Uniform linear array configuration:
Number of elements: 32
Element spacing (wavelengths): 0.75
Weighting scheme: binomial
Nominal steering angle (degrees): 0
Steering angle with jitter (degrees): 0.2649
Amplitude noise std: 0.05
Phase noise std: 0.05

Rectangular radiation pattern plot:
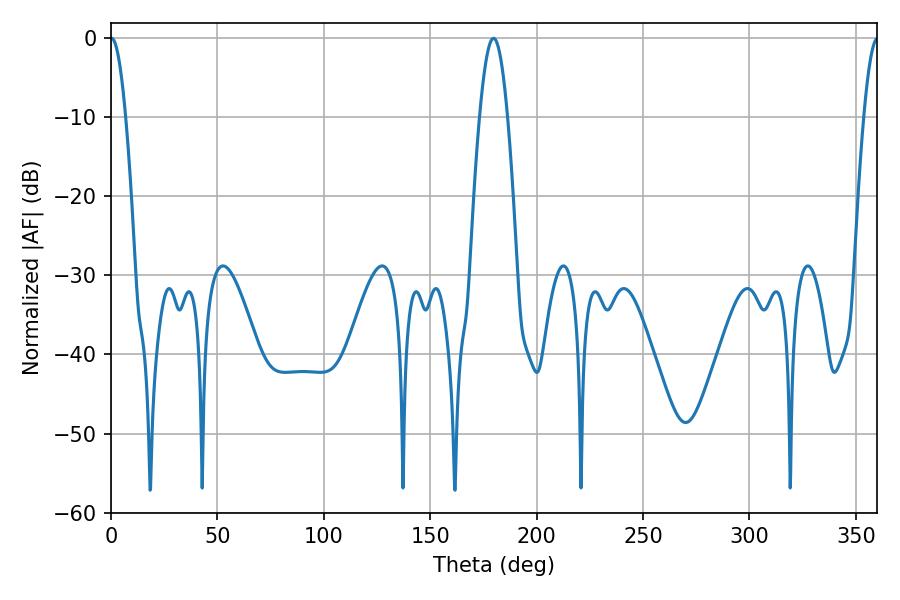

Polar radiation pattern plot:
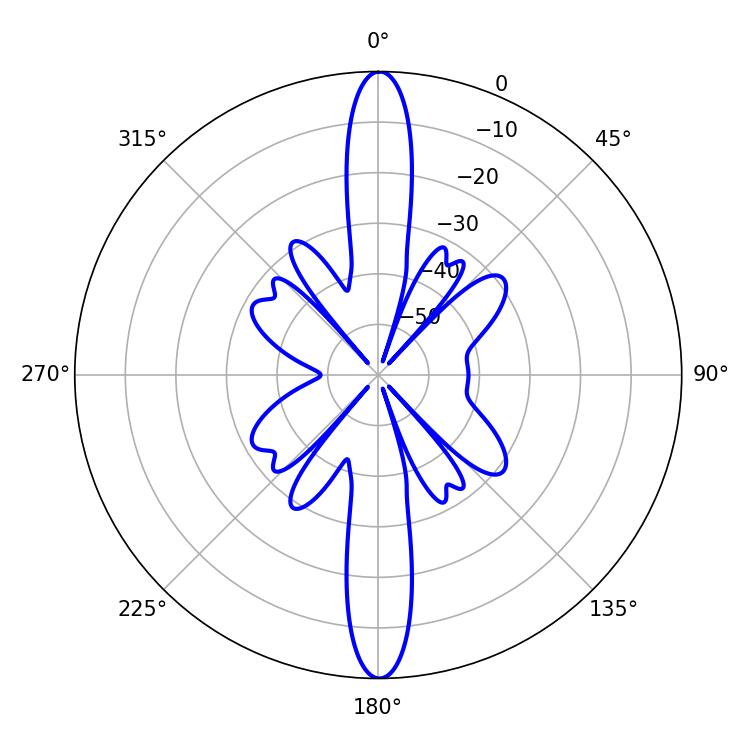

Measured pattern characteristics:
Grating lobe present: TRUE
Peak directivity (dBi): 31.856
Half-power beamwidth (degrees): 3.78
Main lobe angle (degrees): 0.18